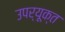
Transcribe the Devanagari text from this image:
उपर्यूक्त